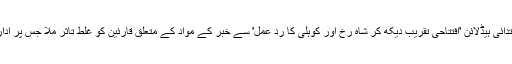
نوٹ: اس خبر کی ابتدائی ہیڈلائن 'افتتاحی تقریب دیکھ کر شاہ رخ اور کوہلی کا رد عمل' سے خبر کے مواد کے متعلق قارئین کو غلط تاثر ملا جس پر ادارہ معذرت خواہ ہے۔